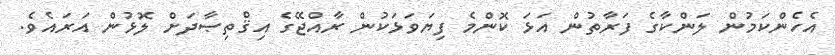
އެހެންކަމުން ލަންކާގެ ފަރާތުން އަޅަ ކޮންމެ ފިޔަވަޅަކުން ރާއްޖޭގެ އިޤްތިޞާދަށް ލޮޅުން އަރައެވެ.